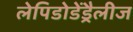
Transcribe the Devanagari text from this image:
लेपिडोडेंड्रैलीज